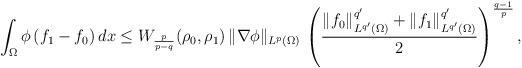
LaTeX: \begin{align*}\int_\Omega \phi\, (f_1-f_0)\, dx\le W_\frac{p}{p-q}(\rho_0,\rho_1)\,\|\nabla \phi\|_{L^{p}(\Omega)}\,\left(\frac{\|f_0\|^{q'}_{L^{q'}(\Omega)}+\|f_1\|^{q'}_{L^{q'}(\Omega)} }{2}\right)^\frac{q-1}{p},\end{align*}